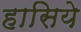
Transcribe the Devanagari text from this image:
हासिये